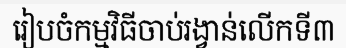
រៀបចំកម្មវិធីចាប់រង្វាន់លើកទី៣